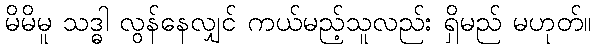
မိမိမူ သဒ္ဓါ လွန်နေလျှင် ကယ်မည့်သူလည်း ရှိမည် မဟုတ်။